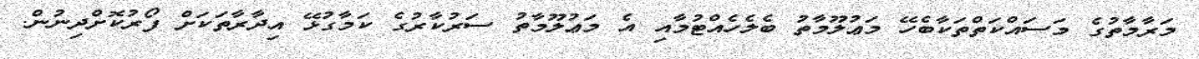
މަރާމާތުގެ މަސައްކަތްތަކާބެހޭ މަޢުލޫމާތު ބެލެހެއްޓުމާއި އެ މަޢުލޫމާތު ސަރުކާރުގެ ކަމާގުޅޭ އިދާރާތަކަށް ފޯރުކޮށްދިނުން.